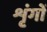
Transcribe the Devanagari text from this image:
शृंगों